Calcutta medical institutions reports 1892-1900
Year: 1892
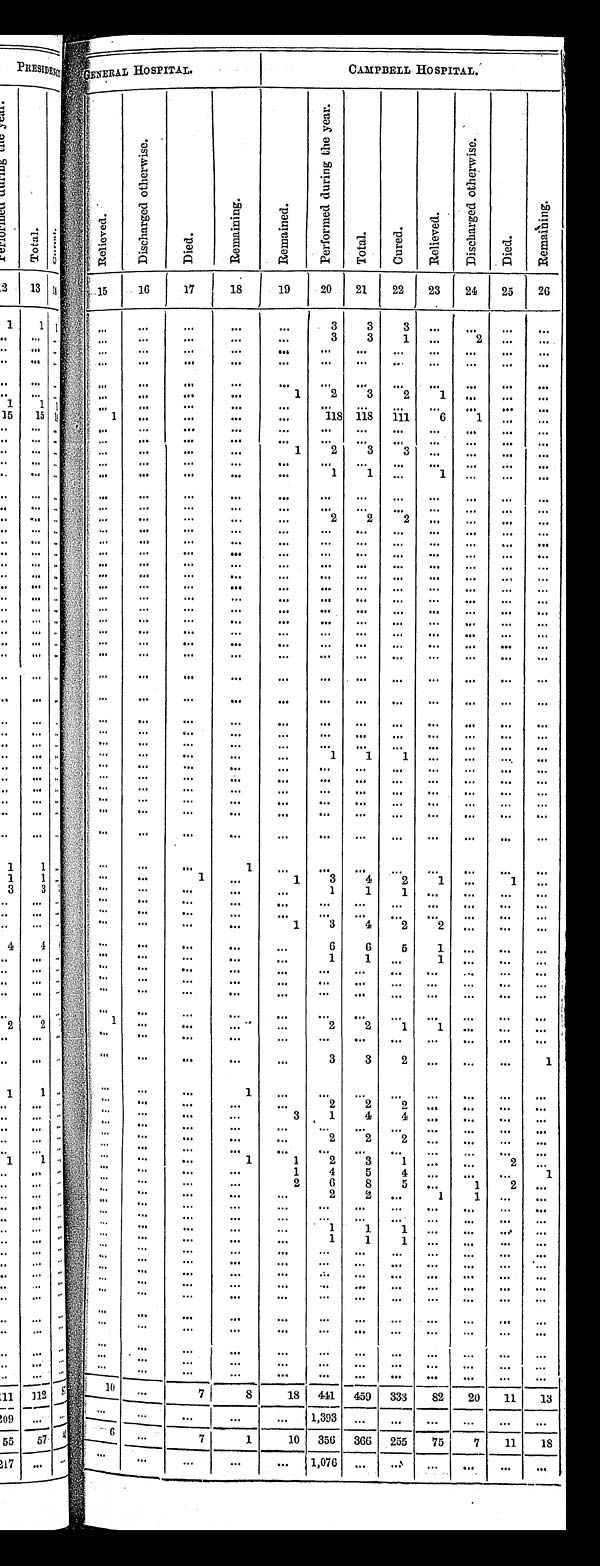
C A M P B E L L H O S P I T A L .
Re l i e v e d .
D i s c h a r g e d o t h e r w i s e .
D i e d .
R e m a i n i n g .
R e m a i n e d .
P e r f o r m e d d u r i n g t h e y e a r .
T o t a l .
C u r e d .
R e l i e v e d .
D i s c h a r g e d o t h e r w i s e .
D i e d .
R e m a i n i n g .
1 5
1 6
17
18
19
2 0 2 1
22 23 24 25
26
3
3
3
3
3
1
2
1
2
3 2
1
1
1 1 8
1 1 8
1 1 1
6
1
1 2
3 3
1
1
1
2
2 2
1
1
1
1
1
1
3
4
2
1
1
1
1 1
1
3
4 2
2
6
6
5
1
1
1
1
1
2
2
1
1
3
3
2
1
1
2
2 2
3
1
4 4
2
2 2
1
1
2
3
1
2
1
4
5 4
1
2
6
8 5
1
2
2
2
1
1
1
1 1
1
1 1
1 0
7
8
18
4 4 1
4 5 9 3 3 3
8 2
2 0
1 1
1 3
1 , 3 9 3
6
7
1
10
3 5 6 366 255
7 5
7
1 1
1 8
1 , 0 7 6